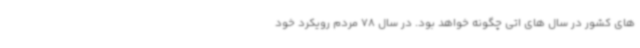
های کشور در سال های اتی چگونه خواهد بود. در سال 78 مردم رویکرد خود